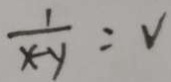
\frac { 1 } { x - y } = V